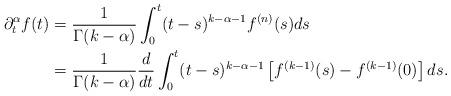
LaTeX: \begin{align*} \partial^{\alpha}_t f(t)&=\frac{1}{\Gamma(k-\alpha)}\int^t_0 (t-s)^{k-\alpha-1}f^{(n)}(s)ds\\&=\frac{1}{\Gamma(k-\alpha)}\frac{d}{dt}\int^t_0 (t-s)^{k-\alpha-1}\left[f^{(k-1)}(s)-f^{(k-1)}(0)\right] ds.\end{align*}